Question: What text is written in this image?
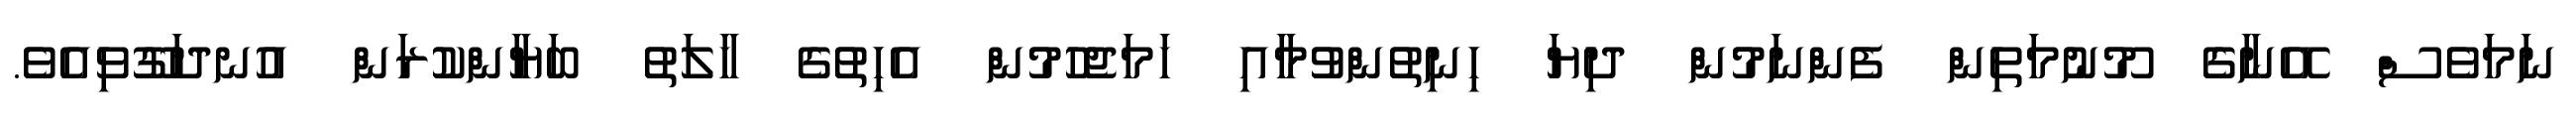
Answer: ނަމަވެސް އޭނާގެ މޫނުމަތިން ފެންނަމުން ދިޔަ ހިނިތުންވުމާއި ހަމަޖެހުމުން އެހިތުގެ ހާލަތު ބަޔާންކުރަން އުނދަގޫވިއެވެ.